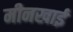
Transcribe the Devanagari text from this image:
मीनखाई